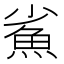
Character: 𩵮